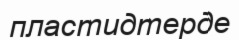
пластидтерде